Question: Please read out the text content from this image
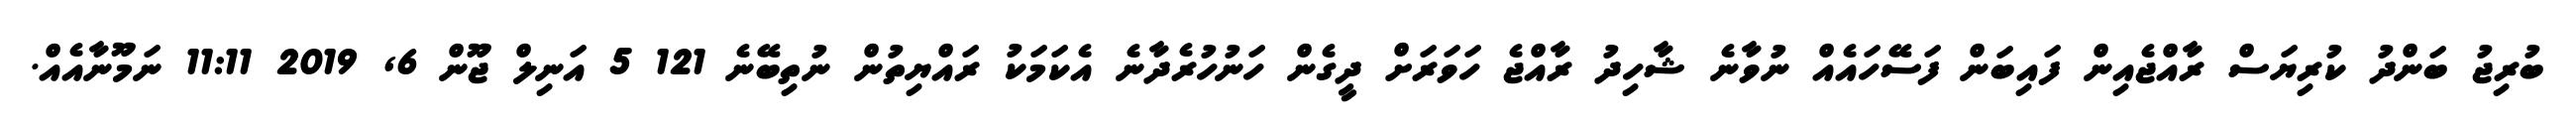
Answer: ބުރިޖު ބަންދު ކުރިޔަސް ރާއްޖެއިން ފައިބަން ފަސޭހައެއް ނުވާނެ ޝާހިދު ރާއްޖެ ހަވަރަށް ދީގެން ހަނުހުރެދާނެ އެކަމަކު ރައްޔިތުން ނުތިބޭނެ 121 5 އަނިލް ޖޫން 6, 2019 11:11 ނަމޫނާއެއް.